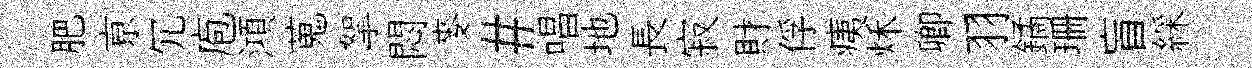
肥亰冗庖澒蒐挐悶麥#唱地長寂財俘痍秌卿羽鐍珊盲綵